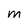
Character: m